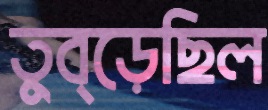
তুব্‌ড়েছিল